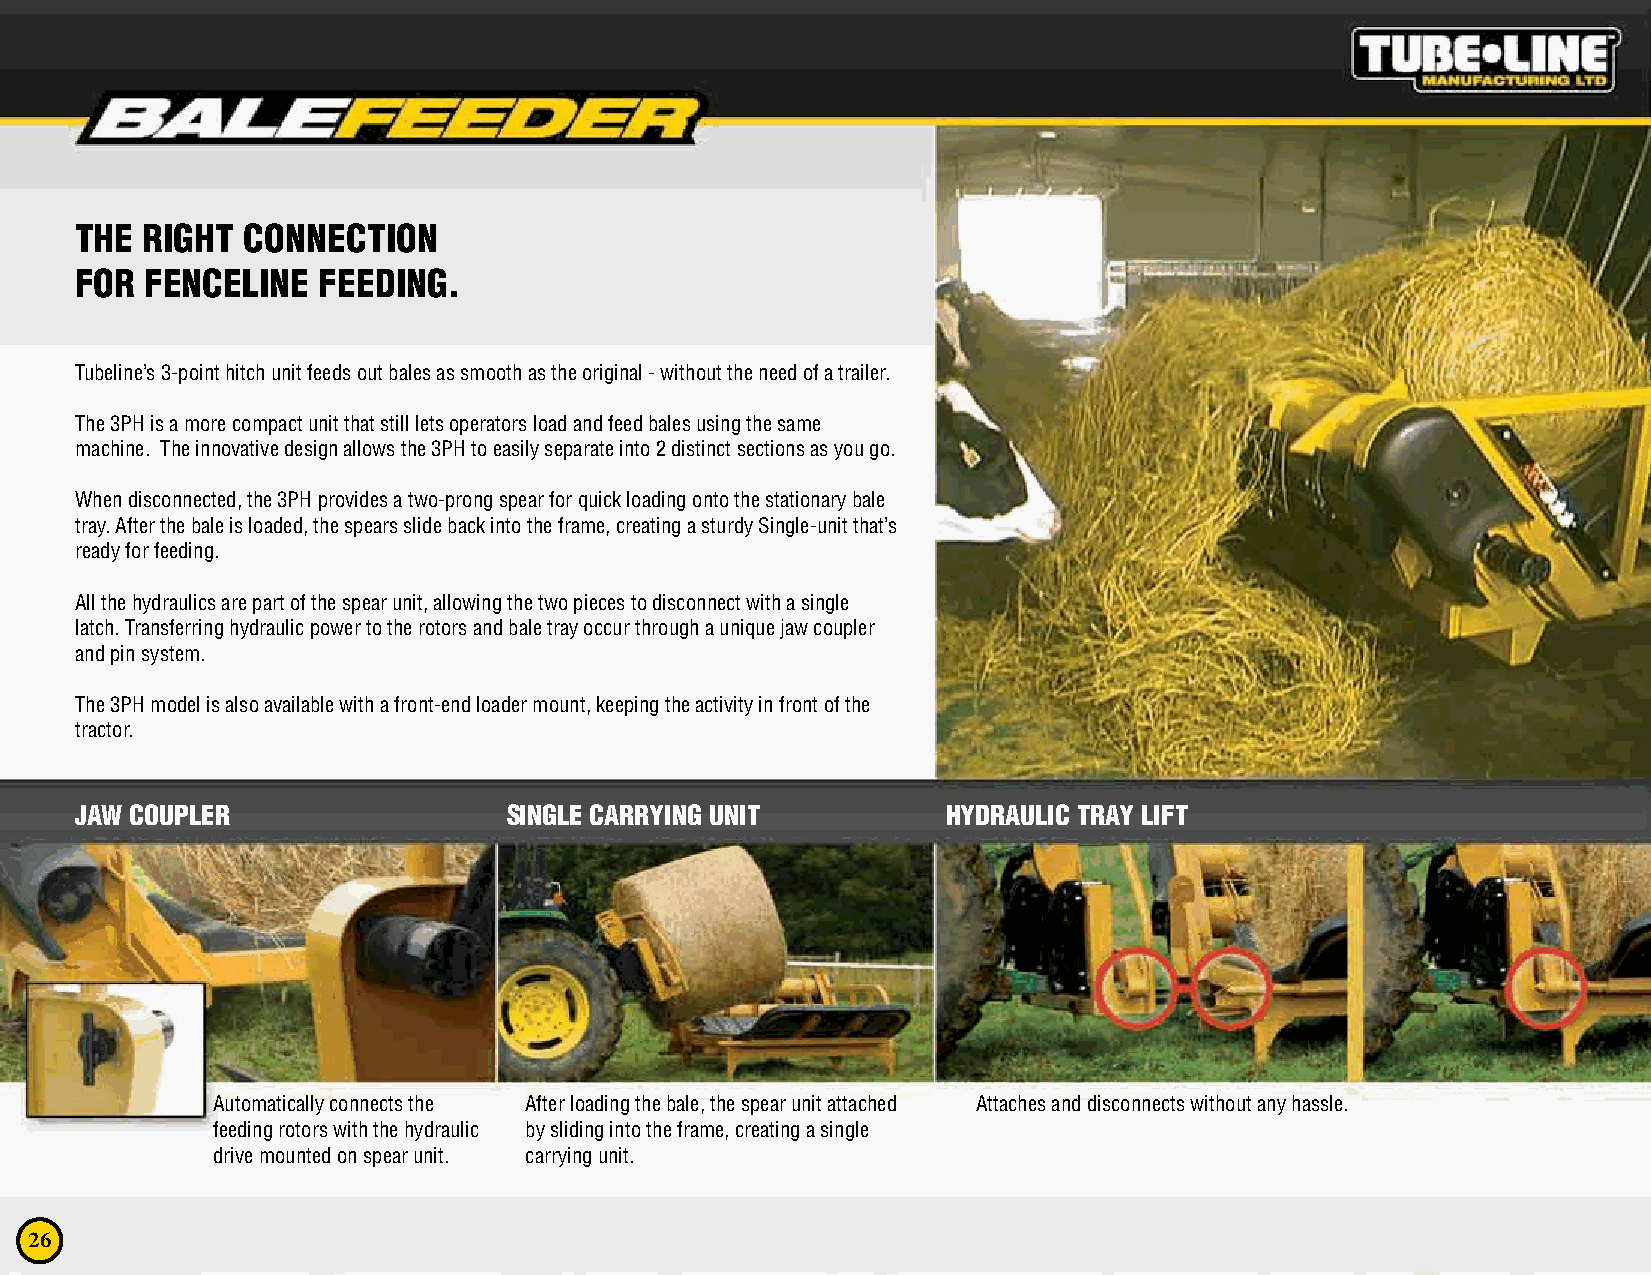
THE RIGHT  CONNECTION
 FOR  FENCELINE  FEEDING.
 Tubeline’s 3-point hitch unit feeds out bales as smooth as the original - without the need of a trailer.
 The 3PH is a more compact unit that still lets operators load and feed bales using the same
 machine. The innovative design allows the 3PH to easily separate into 2 distinct sections as you go.
 When disconnected, the 3PH provides a two-prong spear for quick loading onto the stationary bale
 tray. After the bale is loaded, the spears slide back into the frame, creating a sturdy Single-unit that’s
 ready for feeding.
 All the hydraulics are part of the spear unit, allowing the two pieces to disconnect with a single
 latch. Transferring hydraulic power to the rotors and bale tray occur through a unique jaw coupler
 and pin system.
 The 3PH model is also available with a front-end loader mount, keeping the activity in front of the
 tractor.
 JAW COUPLER                  SINGLE CARRYING UNIT         HYDRAULIC TRAY LIFT
 Automatically connects the After loading the bale, the spear unit attached Attaches and disconnects without any hassle.
 feeding rotors with the hydraulic by sliding into the frame, creating a single
 drive mounted on spear unit. carrying unit.
 26